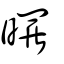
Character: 曪